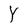
Character: Y